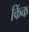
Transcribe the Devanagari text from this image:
किंक